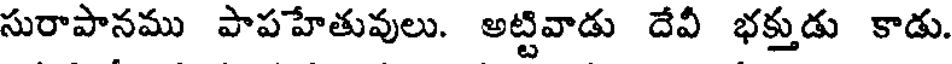
సురాపానము పాపహేతువులు. అట్టివాడు దేవి భక్తుడు కాడు.